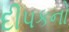
દીપકનો